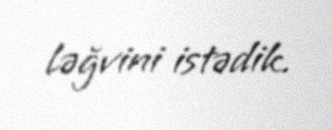
ləğvini istədik.